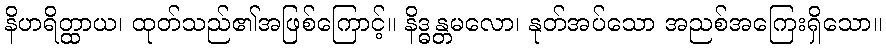
နိဟရိတ္ထာယ၊ ထုတ်သည်၏အဖြစ်ကြောင့်။ နိဒ္ဓန္တမလော၊ နုတ်အပ်သော အညစ်အကြေးရှိသော။